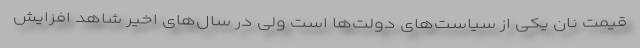
قیمت نان یکی از سیاست‌های دولت‌ها است ولی در سال‌های اخیر شاهد افزایش